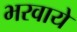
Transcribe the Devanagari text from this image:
भरवाये